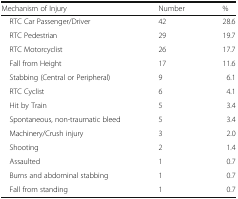
<table><thead><tr><td><b>Mechanism of Injury</b></td><td><b>Number</b></td><td><b>%</b></td></tr></thead><tbody><tr><td> RTC Car Passenger/Driver</td><td>42</td><td>28.6</td></tr><tr><td> RTC Pedestrian</td><td>29</td><td>19.7</td></tr><tr><td> RTC Motorcyclist</td><td>26</td><td>17.7</td></tr><tr><td> Fall from Height</td><td>17</td><td>11.6</td></tr><tr><td> Stabbing (Central or Peripheral)</td><td>9</td><td>6.1</td></tr><tr><td> RTC Cyclist</td><td>6</td><td>4.1</td></tr><tr><td> Hit by Train</td><td>5</td><td>3.4</td></tr><tr><td> Spontaneous, non-traumatic bleed</td><td>5</td><td>3.4</td></tr><tr><td> Machinery/Crush injury</td><td>3</td><td>2.0</td></tr><tr><td> Shooting</td><td>2</td><td>1.4</td></tr><tr><td> Assaulted</td><td>1</td><td>0.7</td></tr><tr><td> Burns and abdominal stabbing</td><td>1</td><td>0.7</td></tr><tr><td> Fall from standing</td><td>1</td><td>0.7</td></tr></tbody></table>